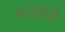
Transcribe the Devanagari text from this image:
मज़हबे